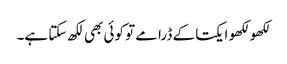
لکھو لکھو ایکتا کے ڈرامے تو کوئی بھی لکھ سکتا ہے۔